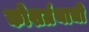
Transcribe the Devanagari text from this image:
कोशग्रंथाची